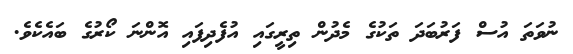
ނުވަތަ އުސް ފަރުބަދަ ތަކުގެ މެދުން ތިރީގައި އުފެދިފައި އޮންނަ ކޯރުގެ ބައެކެވެ.